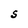
Character: S